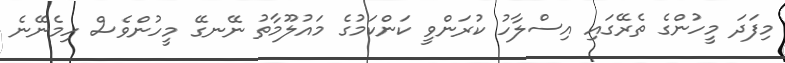
މިފަދަ މީހުންގެ ތެރޭގައި އިސްލާހު ކުރަންވީ ކަންކަމުގެ މައުލޫމާތު ނޭނގޭ މީހުންވެސް ހިމެނޭނެ